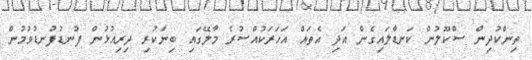
ތިންކުދިން ސްކޫލުން ކަނޑާލައިގެން އަދި އެތައް އަހަރަކުއްސުރެ މާލޭގައި ބިނާކުރި ދިރިއުޅުން ފުނޑުފުނޑުވުމުން